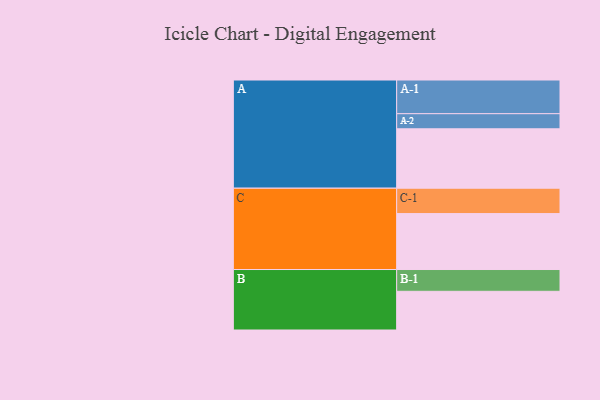
{"axis": {"x": "Segment", "y": "Value"}, "legend": ["", "A", "B", "C"], "data": [{"x": "A", "y": 499, "type": ""}, {"x": "B", "y": 325, "type": ""}, {"x": "C", "y": 470, "type": ""}, {"x": "A-1", "y": 283, "type": "A"}, {"x": "A-2", "y": 127, "type": "A"}, {"x": "B-1", "y": 183, "type": "B"}, {"x": "C-1", "y": 213, "type": "C"}]}